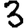
Digit: 3